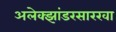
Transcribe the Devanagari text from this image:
अलेक्झांडरसारखा